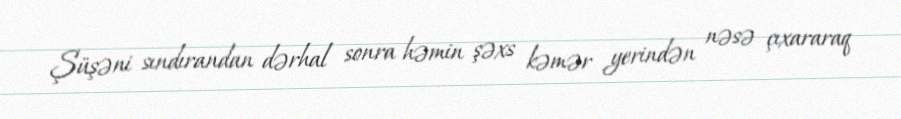
Şüşəni sındırandan dərhal sonra həmin şəxs kəmər yerindən nəsə çıxararaq